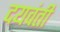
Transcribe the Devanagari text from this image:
दयवंती